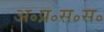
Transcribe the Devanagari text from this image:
अ॰प्र॰स॰स॰